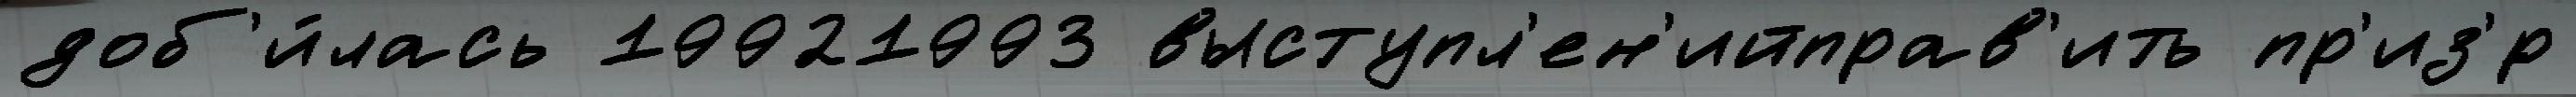
доб'и́лась 19921993 выступл'ен'ийправ'ить пр'из'́р